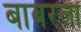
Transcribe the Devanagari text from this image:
बाबरला